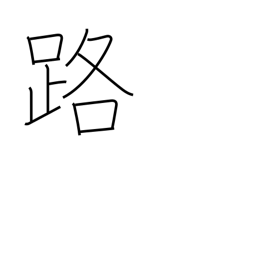
Meaning: path